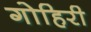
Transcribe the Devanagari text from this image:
गोहिरी